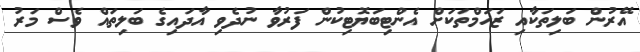
އޭރުން ބަލިތަކާއި ޒަހަމްތަކަށް އެންޓިބަޔޮޓިކުން ފަރުވާ ނުދެވި އާދައިގެ ބަލިތައް ވެސް މަރު